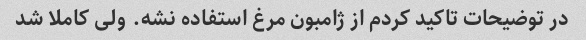
در توضیحات تاکید کردم از ژامبون مرغ استفاده نشه. ولی کاملا شد